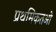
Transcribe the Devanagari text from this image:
प्रथमिकतओ